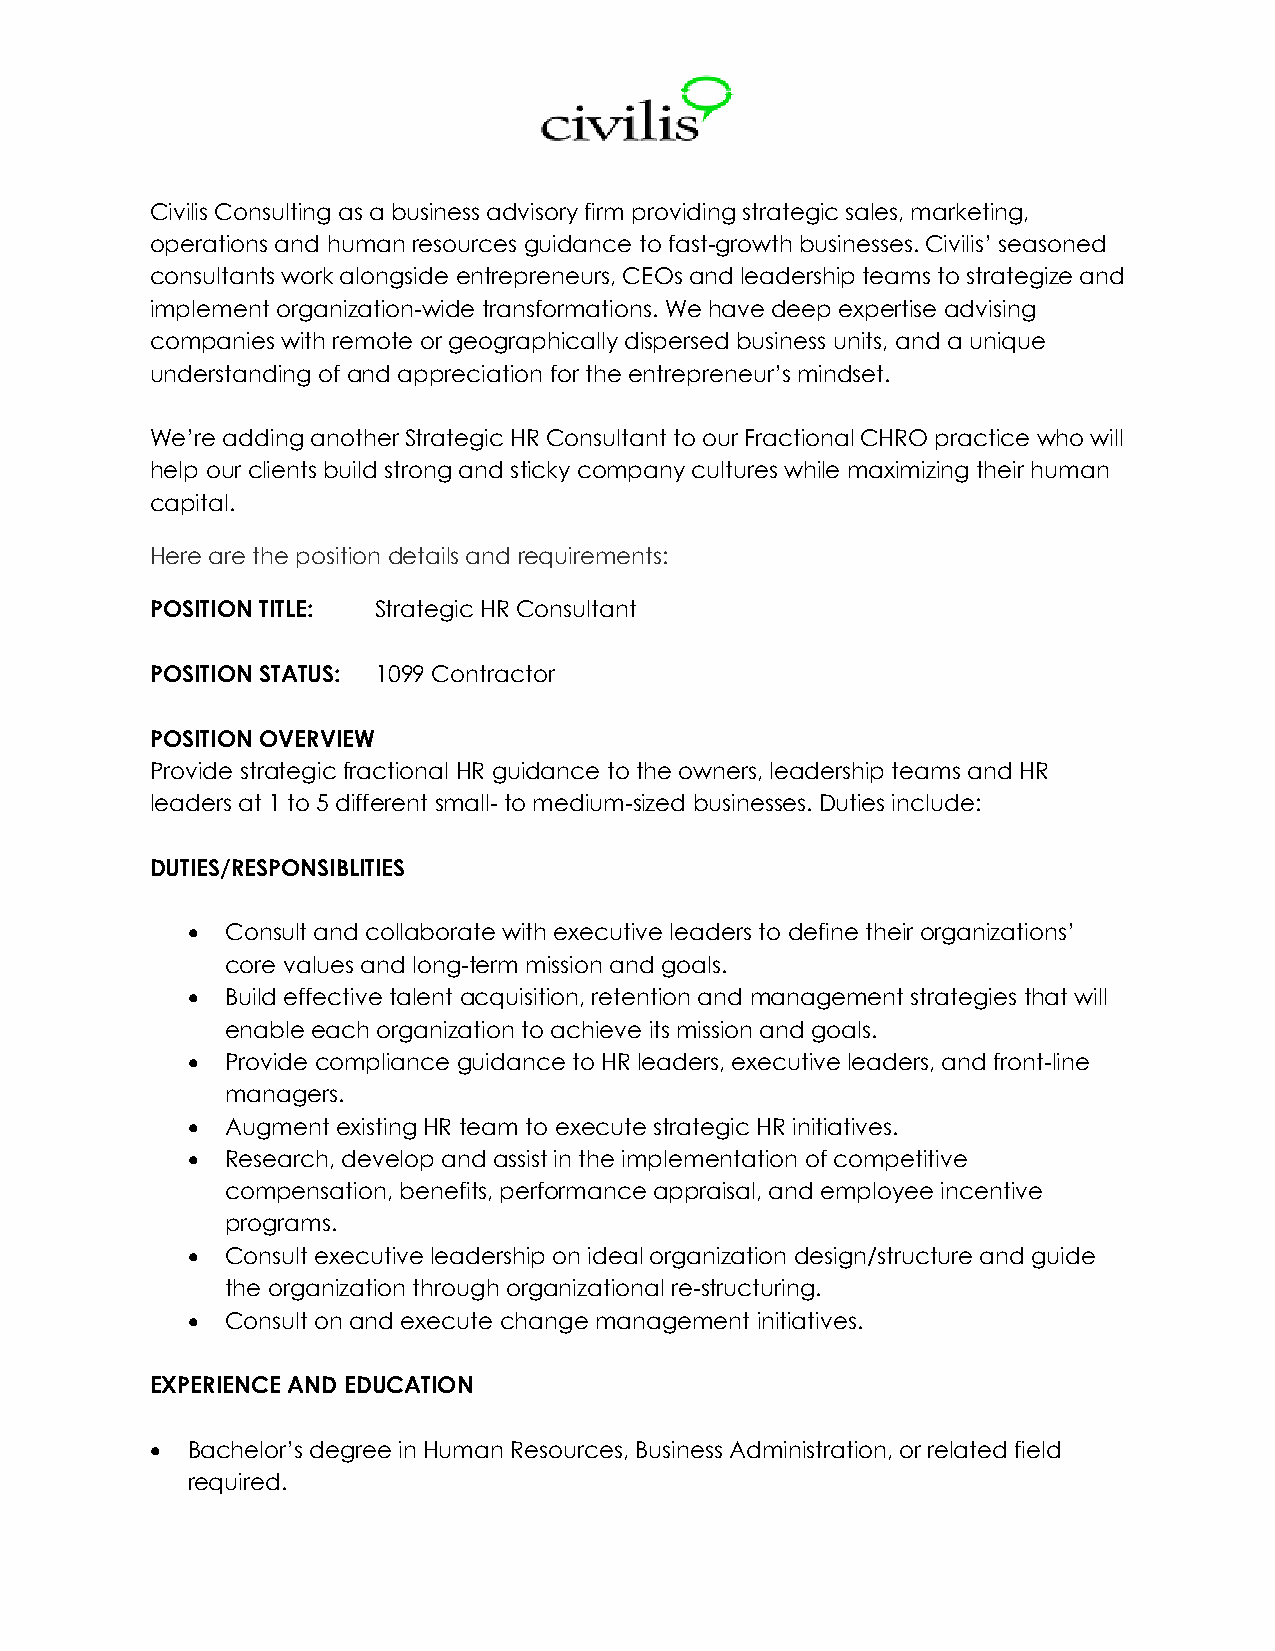
Civilis Consulting as a business advisory firm providing strategic sales, marketing,
 operations and human resources guidance to fast-growth businesses. Civilis’ seasoned
 consultants work alongside entrepreneurs, CEOs and leadership teams to strategize and
 implement organization-wide transformations. We have deep expertise advising
 companies with remote or geographically dispersed business units, and a unique
 understanding of and appreciation for the entrepreneur’s mindset.
 We’re adding another Strategic HR Consultant to our Fractional CHRO practice who will
 help our clients build strong and sticky company cultures while maximizing their human
 capital.
 Here are the position details and requirements:
 POSITION TITLE: Strategic HR Consultant
 POSITION STATUS: 1099 Contractor
 POSITION OVERVIEW
 Provide strategic fractional HR guidance to the owners, leadership teams and HR
 leaders at 1 to 5 different small- to medium-sized businesses. Duties include:
 DUTIES/RESPONSIBLITIES
 •  Consult and collaborate with executive leaders to define their organizations’
 core values and long-term mission and goals.
 •  Build effective talent acquisition, retention and management strategies that will
 enable each organization to achieve its mission and goals.
 •  Provide compliance guidance to HR leaders, executive leaders, and front-line
 managers.
 •  Augment existing HR team to execute strategic HR initiatives.
 •  Research, develop and assist in the implementation of competitive
 compensation, benefits, performance appraisal, and employee incentive
 programs.
 •  Consult executive leadership on ideal organization design/structure and guide
 the organization through organizational re-structuring.
 •  Consult on and execute change management initiatives.
 EXPERIENCE AND EDUCATION
 • Bachelor’s degree in Human Resources, Business Administration, or related field
 required.